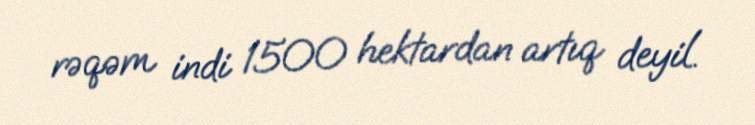
rəqəm indi 1500 hektardan artıq deyil.